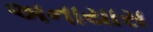
અનાયાસ